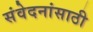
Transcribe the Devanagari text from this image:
संवेदनांसाठी